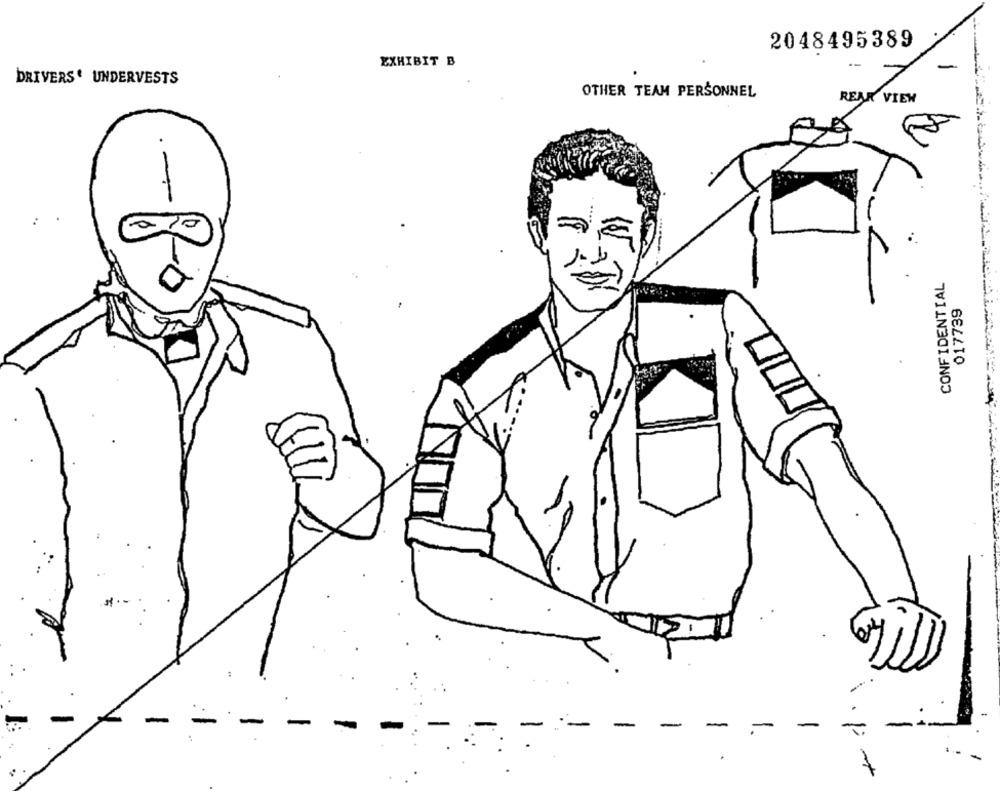
2048495389
EXHIBIT B
DRIVERS UNDERVESTS
OTHER TEAM PERSONNEL
REAR VIEW
CONFIDENTIAL
017739
-
-